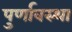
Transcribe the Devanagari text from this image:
पुर्णावस्था